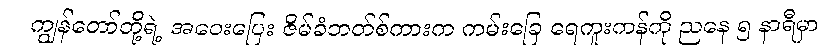
ကျွန်တော်တို့ရဲ့ အဝေးပြေး ဇိမ်ခံဘတ်စ်ကားက ကမ်းခြေ ရေကူးကန်ကို ညနေ ၅ နာရီမှာ